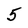
Character: 5